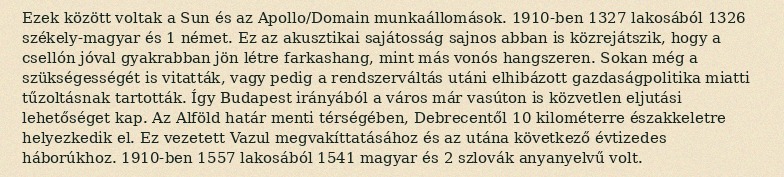
Ezek között voltak a Sun és az Apollo/Domain munkaállomások. 1910-ben 1327 lakosából 1326 székely-magyar és 1 német. Ez az akusztikai sajátosság sajnos abban is közrejátszik, hogy a csellón jóval gyakrabban jön létre farkashang, mint más vonós hangszeren. Sokan még a szükségességét is vitatták, vagy pedig a rendszerváltás utáni elhibázott gazdaságpolitika miatti tűzoltásnak tartották. Így Budapest irányából a város már vasúton is közvetlen eljutási lehetőséget kap. Az Alföld határ menti térségében, Debrecentől 10 kilométerre északkeletre helyezkedik el. Ez vezetett Vazul megvakíttatásához és az utána következő évtizedes háborúkhoz. 1910-ben 1557 lakosából 1541 magyar és 2 szlovák anyanyelvű volt.